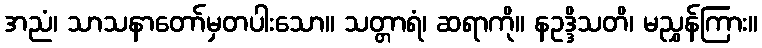
အညံ၊ သာသနာတော်မှတပါးသော။ သတ္တာရံ၊ ဆရာကို။ နဥဒ္ဒိသတိ၊ မညွှန်ကြား။